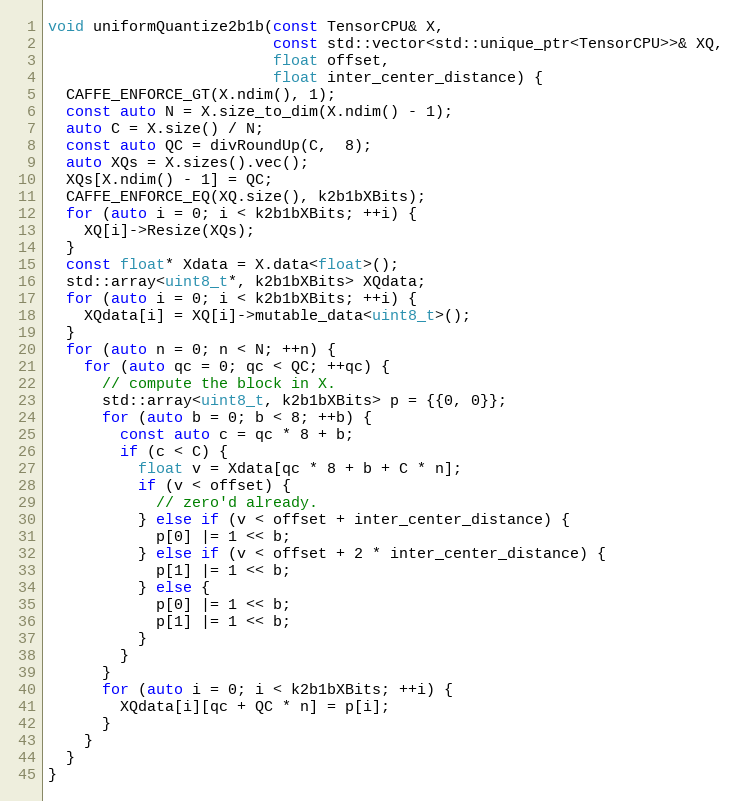
Language: C++
void uniformQuantize2b1b(const TensorCPU& X,
                         const std::vector<std::unique_ptr<TensorCPU>>& XQ,
                         float offset,
                         float inter_center_distance) {
  CAFFE_ENFORCE_GT(X.ndim(), 1);
  const auto N = X.size_to_dim(X.ndim() - 1);
  auto C = X.size() / N;
  const auto QC = divRoundUp(C,  8);
  auto XQs = X.sizes().vec();
  XQs[X.ndim() - 1] = QC;
  CAFFE_ENFORCE_EQ(XQ.size(), k2b1bXBits);
  for (auto i = 0; i < k2b1bXBits; ++i) {
    XQ[i]->Resize(XQs);
  }
  const float* Xdata = X.data<float>();
  std::array<uint8_t*, k2b1bXBits> XQdata;
  for (auto i = 0; i < k2b1bXBits; ++i) {
    XQdata[i] = XQ[i]->mutable_data<uint8_t>();
  }
  for (auto n = 0; n < N; ++n) {
    for (auto qc = 0; qc < QC; ++qc) {
      // compute the block in X.
      std::array<uint8_t, k2b1bXBits> p = {{0, 0}};
      for (auto b = 0; b < 8; ++b) {
        const auto c = qc * 8 + b;
        if (c < C) {
          float v = Xdata[qc * 8 + b + C * n];
          if (v < offset) {
            // zero'd already.
          } else if (v < offset + inter_center_distance) {
            p[0] |= 1 << b;
          } else if (v < offset + 2 * inter_center_distance) {
            p[1] |= 1 << b;
          } else {
            p[0] |= 1 << b;
            p[1] |= 1 << b;
          }
        }
      }
      for (auto i = 0; i < k2b1bXBits; ++i) {
        XQdata[i][qc + QC * n] = p[i];
      }
    }
  }
}